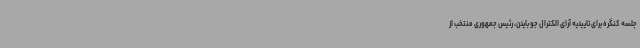
جلسه کنگره برای تاییدیه آرای الکترال جو بایدن، رئیس جمهوری منتخب از